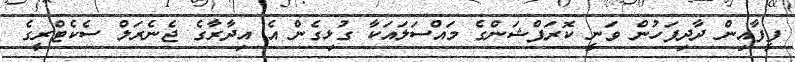
ފީފާއިން ދާދިފަހުން ވަނީ ކޮރަޕްޝަންގެ މައްސަލައަކާ ގުޅިގެން އެ އިދާރާގެ ޖެނެރަލް ސެކެޓްރީގެ